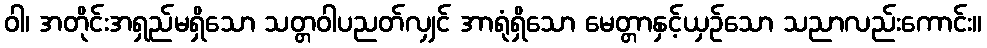
ဝါ၊ အတိုင်းအရှည်မရှိသော သတ္တဝါပညတ်လျှင် အာရုံရှိသော မေတ္တာနှင့်ယှဉ်သော သညာလည်းကောင်း။